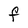
Character: F